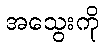
အသွေးကို